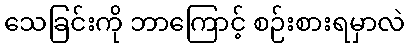
သေခြင်းကို ဘာကြောင့် စဉ်းစားရမှာလဲ